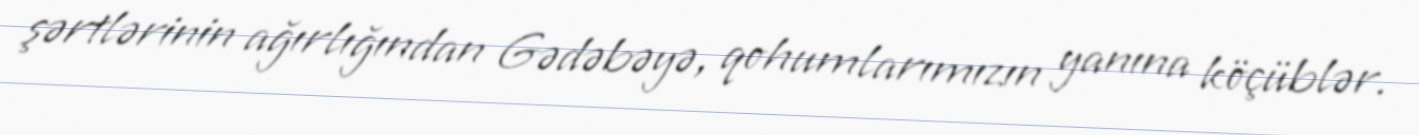
şərtlərinin ağırlığından Gədəbəyə, qohumlarımızın yanına köçüblər.